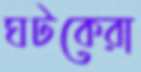
ঘটকেরা